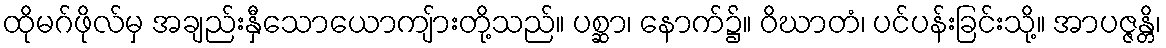
ထိုမဂ်ဖိုလ်မှ အချည်းနှီသောယောကျ်ားတို့သည်။ ပစ္ဆာ၊ နောက်၌။ ဝိဃာတံ၊ ပင်ပန်းခြင်းသို့။ အာပဇ္ဇန္တိ၊